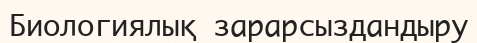
Биологиялық зарарсыздандыру